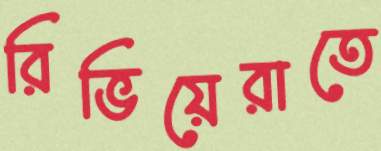
রিভিয়েরাতে